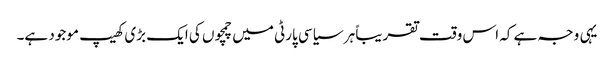
یہی وجہ ہے کہ اس وقت تقریباً ہر سیاسی پارٹی میں چمچوں کی ایک بڑی کھیپ موجود ہے۔